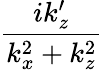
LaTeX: \frac{ik_{z}^{\prime}}{k_{x}^{2}+k_{z}^{2}}